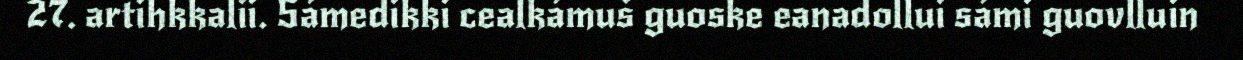
27. artihkkalii. Sámedikki cealkámuš guoske eanadollui sámi guovlluin